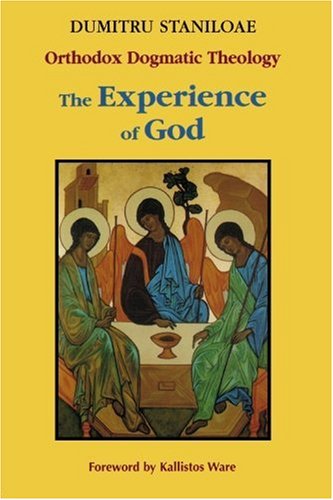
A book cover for Orthodox Dogmatic Theology: The Experience of God, Vol. 1: Revelation and Knowledge of the Triune God; Dumitru Staniloae; Christian Books & Bibles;